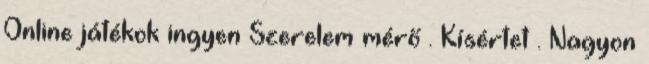
Online játékok ingyen Szerelem mérő . Kísértet . Nagyon